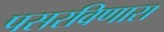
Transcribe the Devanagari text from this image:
पसरविणारा